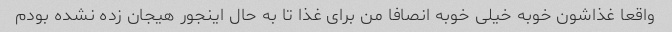
واقعا غذاشون خوبه خیلی خوبه انصافا من برای غذا تا به حال اینجور هیجان زده نشده بودم